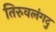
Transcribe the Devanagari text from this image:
तिरुवलंगदु